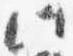
此